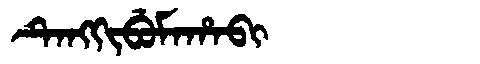
Manchu: ᡨᡝᠩᡴᡳᠪᡠᠮᠠᡥᠠᠪᡳ
Romanization: TENGKIBUMAHABI